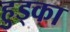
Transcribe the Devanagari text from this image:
हुड्का